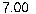
7.00